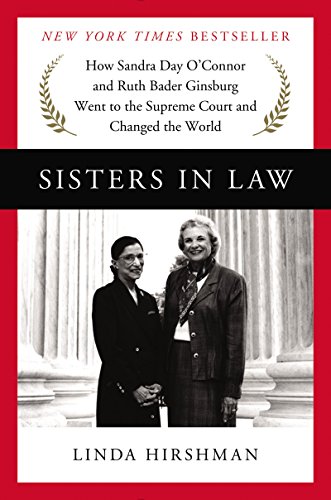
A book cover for Sisters in Law: How Sandra Day O'Connor and Ruth Bader Ginsburg Went to the Supreme Court and Changed the World; Linda Hirshman; Law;